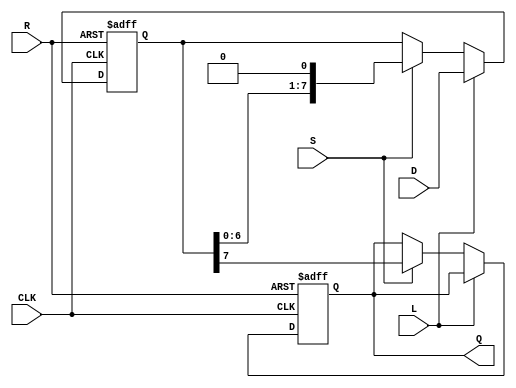
module PISO_Register #(
    parameter N = 8  // Width of the parallel data input
)(
    input  wire [N-1:0] D,  // Parallel Data Input
    input  wire L,           // Load signal
    input  wire S,           // Shift signal
    input  wire CLK,         // Clock signal
    input  wire R,           // Asynchronous Reset
    output reg  Q           // Serial Output
);

    reg [N-1:0] shift_reg;   // Internal shift register

    always @(posedge CLK or posedge R) begin
        if (R) begin
            // Asynchronous reset
            shift_reg <= {N{1'b0}}; // Clear the register
            Q <= 1'b0;              // Clear the output
        end else begin
            if (L) begin
                // Load data into the shift register
                shift_reg <= D;
            end else if (S) begin
                // Shift operation
                Q <= shift_reg[N-1]; // Output the MSB
                shift_reg <= {shift_reg[N-2:0], 1'b0}; // Shift right and fill LSB with 0
            end
        end
    end

endmodule